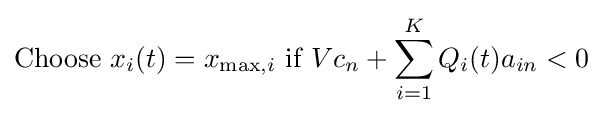
{\text{Choose }}x_{i}(t)=x_{\max ,i}{\text{ if }}Vc_{n}+\sum _{i=1}^{K}Q_{i}(t)a_{in}<0